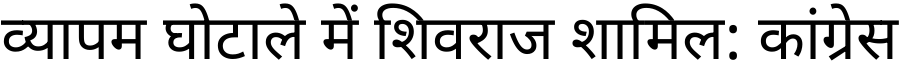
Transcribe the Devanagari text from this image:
व्यापम घोटाले में शिवराज शामिल: कांग्रेस